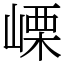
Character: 㟳